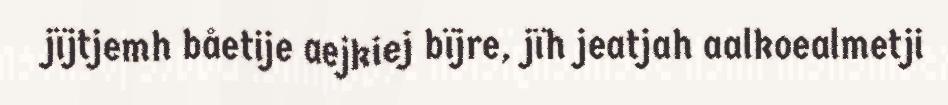
jïjtjemh båetije aejkiej bïjre, jïh jeatjah aalkoealmetji